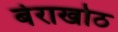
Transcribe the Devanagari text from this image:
बेराखोठ